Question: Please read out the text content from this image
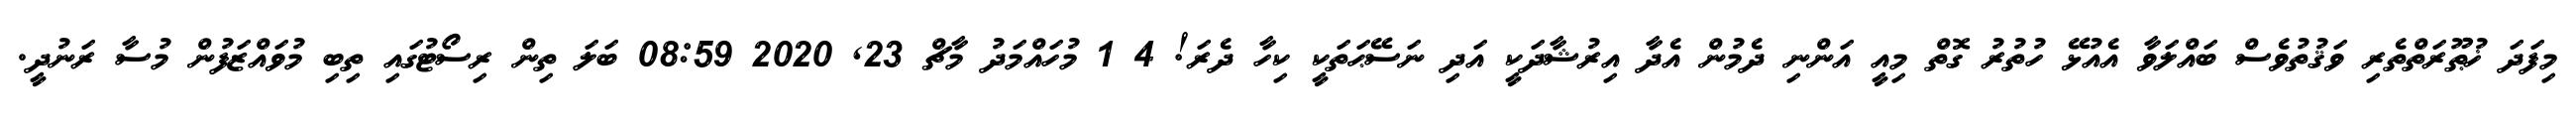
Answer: މިފަދަ ޚުޠޫރަތްތެރި ވަޤުތުވެސް ބައްލަވާ އެއުޅޭ ހުތުރު ގޮތް މިއީ އަންނި ދެމުން އެދާ އިރުޝާދަކީ އަދި ނަސޭޙަތަކީ ކިހާ ދެރަ! 4 1 މުހައްމަދު މާޗް 23, 2020 08:59 ބަލަ ތިން ރިސޯޓުގައި ތިބި މުވައްޒަފުން މުސާ ރަނުދީ.